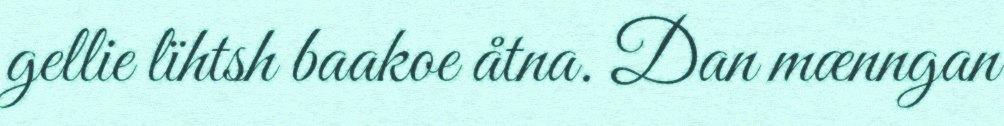
gellie lïhtsh baakoe åtna. Dan mænngan